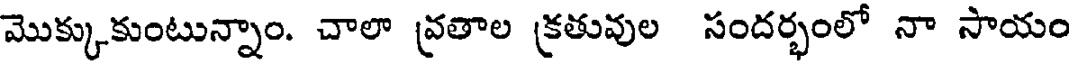
మొక్కుకుంటున్నాం. చాలా వ్రతాల క్రతువుల సందర్భంలో నా సాయం